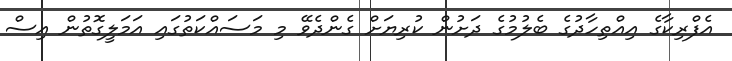
އެފްރިކާގެ އިއްތިހާދުގެ ބެލުމުގެ ދަށުން ކުރިޔަށް ގެންދެވޭ މި މަސައްކަތުގައި އަމަލީގޮތުން އިސް